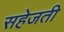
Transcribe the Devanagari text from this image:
सहेजती